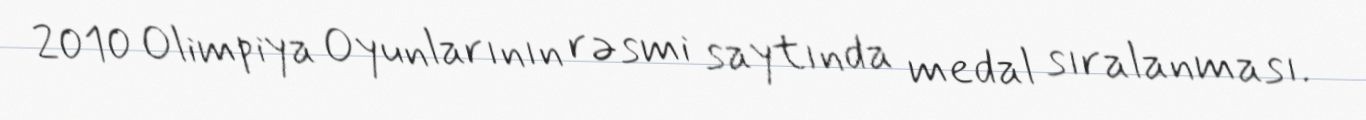
2010 Olimpiya Oyunlarının rəsmi saytında medal sıralanması.